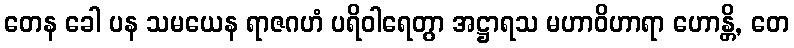
တေန ခေါ ပန သမယေန ရာဇဂဟံ ပရိဝါရေတွာ အဋ္ဌာရသ မဟာဝိဟာရာ ဟောန္တိ, တေ